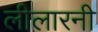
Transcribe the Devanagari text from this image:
लीलारनी